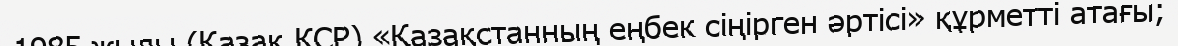
1985 жылы (Қазақ КСР) «Қазақстанның еңбек сіңірген әртісі» құрметті атағы;